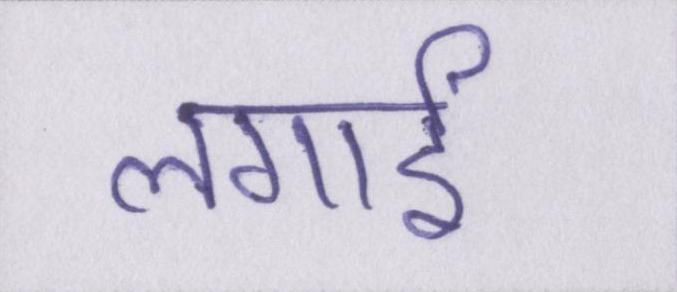
लगाई